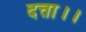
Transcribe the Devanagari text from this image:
दत्ता।।